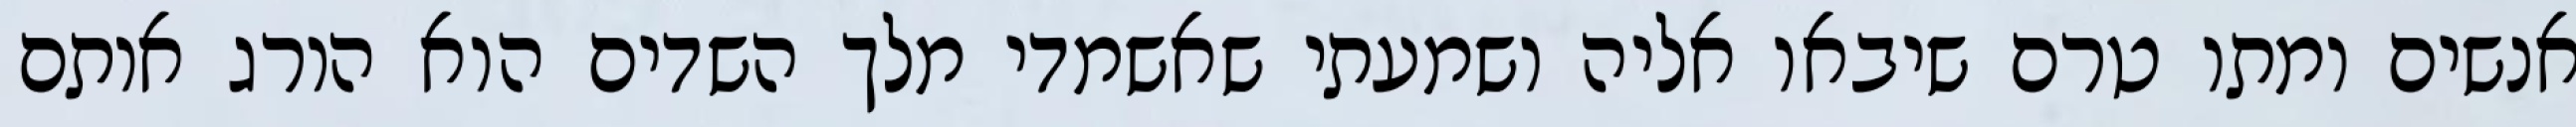
אנשים ומתו טרם שיבאו אליה ושמעתי שאשמדי מלך השדים הוא הורג אותם